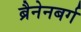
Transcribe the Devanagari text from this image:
ब्रैनेनबर्ग